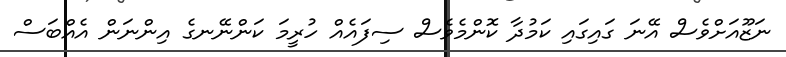
ނަޒޫއަށްވެސް އޭނަ ގައިގައި ކަމުދާ ކޮންމެވެސް ސިފައެއް ހުރީމަ ކަންނޭނގެ އިންނަން އެއްބަސް